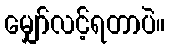
မျှော်လင့်ရတာပဲ။